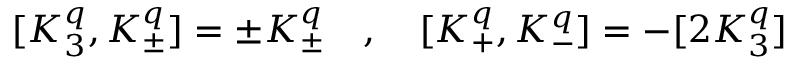
[ K _ { 3 } ^ { q } , K _ { \pm } ^ { q } ] = \pm K _ { \pm } ^ { q } \quad , \quad [ K _ { + } ^ { q } , K _ { - } ^ { q } ] = - [ 2 K _ { 3 } ^ { q } ]